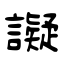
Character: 譺